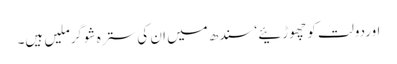
اوردولت کو چھوڑئیے ‘سندھ میں ان کی سترہ شوگرملیں ہیں۔